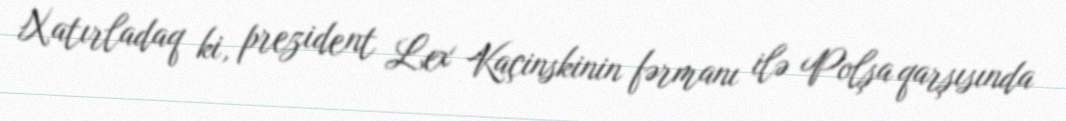
Xatırladaq ki, prezident Lex Kaçinskinin fərmanı ilə Polşa qarşısında